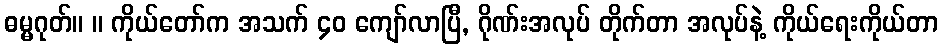
ဓမ္မဂုတ်။ ။ ကိုယ်တော်က အသက် ၄၀ ကျော်လာပြီ, ဂိုဏ်းအလုပ် တိုက်တာ အလုပ်နဲ့ ကိုယ်ရေးကိုယ်တာ